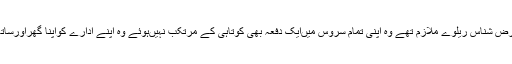
انہوںنے کہا کہ محمدعباس بھٹی ایک ذمہ دارفرض شناس ریلوے ملازم تھے وہ اپنی تمام سروس میںایک دفعہ بھی کوتاہی کے مرتکب نہیںہوئے وہ اپنے ادارے کواپنا گھراورساتھ کام کرنے والوںکوکنبہ کی طرح جانتے تھے۔